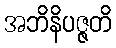
အဘိနိပဇ္ဇတိ